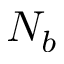
N _ { b }